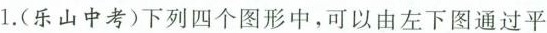
1.(乐山中考)下列四个图形中，可以由左下图通过平